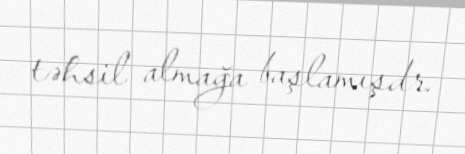
təhsil almağa başlamışdr.